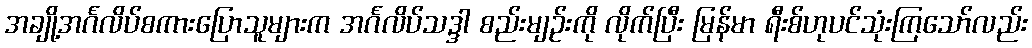
အချို့အင်္ဂလိပ်စကားပြောသူများက အင်္ဂလိပ်သဒ္ဒါ စည်းမျဉ်းကို လိုက်ပြီး မြန်မာ ရီးစ်ဟုပင်သုံးကြသော်လည်း